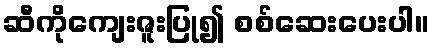
ဆီကိုကျေးဇူးပြု၍ စစ်ဆေးပေးပါ။